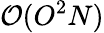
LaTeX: \mathcal{O}{(O^{2}N)}